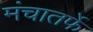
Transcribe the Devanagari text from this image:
मंचातर्फे